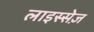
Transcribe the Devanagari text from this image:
लाइस्सेज़